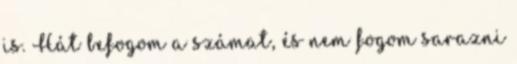
is. Hát befogom a számat, és nem fogom sarazni